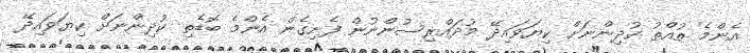
އެންމެ ތުއްތު ކުދިންނަށް ކިޔަވައިދޭ މުދައްރިސުންނުން ފެށިގެން އެންމެ ބޮޑެތި ކުދިންނަށް ކިޔަވައިދޭ